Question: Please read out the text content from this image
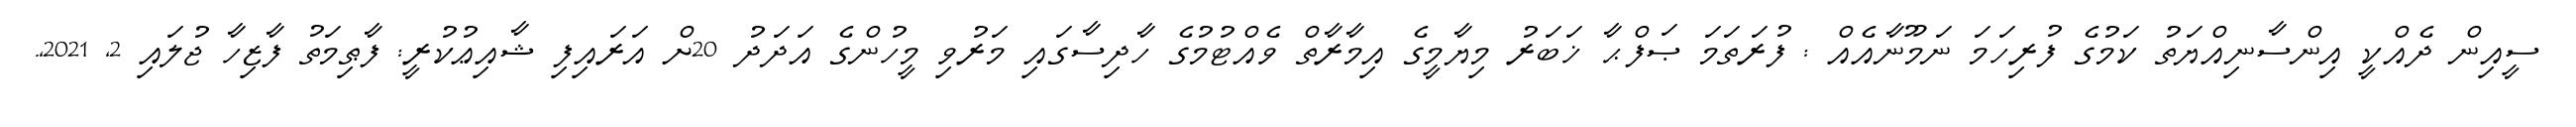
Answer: ސީއިން ދެއްކީ އިންސާނިއްޔަތު ކަމުގެ ފުރިހަމަ ނަމޫނާއެއް : ފުރަތަމަ ޞަފްޙާ ޚަބަރު މިޔާމީގެ އިމާރާތް ވެއްޓުމުގެ ހާދިސާގައި މަރުވި މީހުންގެ އަދަދު 20ށް އަރައިފި ޝާއިޢުކުރީ: ފާޠިމަތު ފާޒިހާ ޖުލައި 2, 2021,.